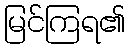
မြင်ကြရ၏